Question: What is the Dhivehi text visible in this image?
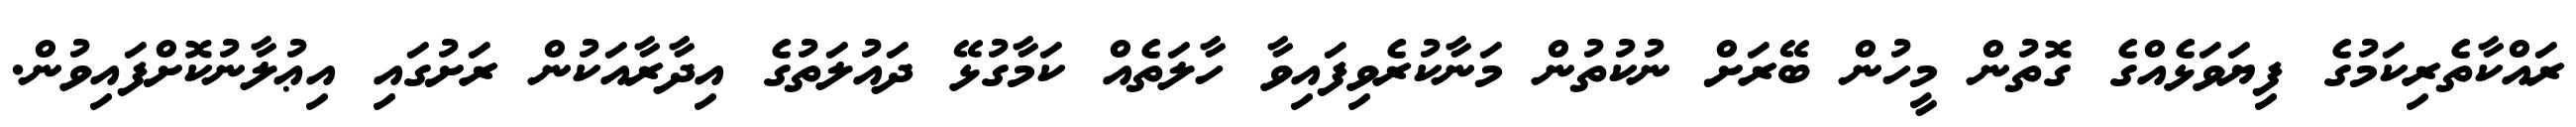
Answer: ރައްކާތެރިކަމުގެ ފިޔަވަޅެއްގެ ގޮތުން މީހުން ބޭރަށް ނުކުތުން މަނާކުރެވިފައިވާ ހާލަތެއް ކަމާގުޅޭ ދައުލަތުގެ އިދާރާއަކުން ރަށުގައި އިޢުލާނުކޮށްފައިވުން.